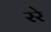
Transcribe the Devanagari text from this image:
ररे